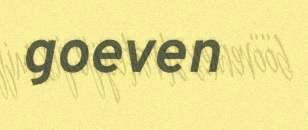
goeven